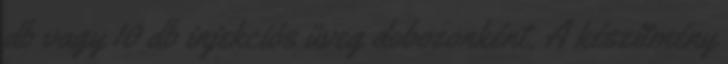
db vagy 10 db injekciós üveg dobozonként. A készítmény